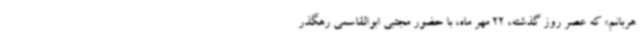
هربانم» که عصر روز گذشته، 22 مهر ماه، با حضور مجتبی ابوالقاسمی رهگذر